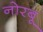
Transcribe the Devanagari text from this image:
नोरबू